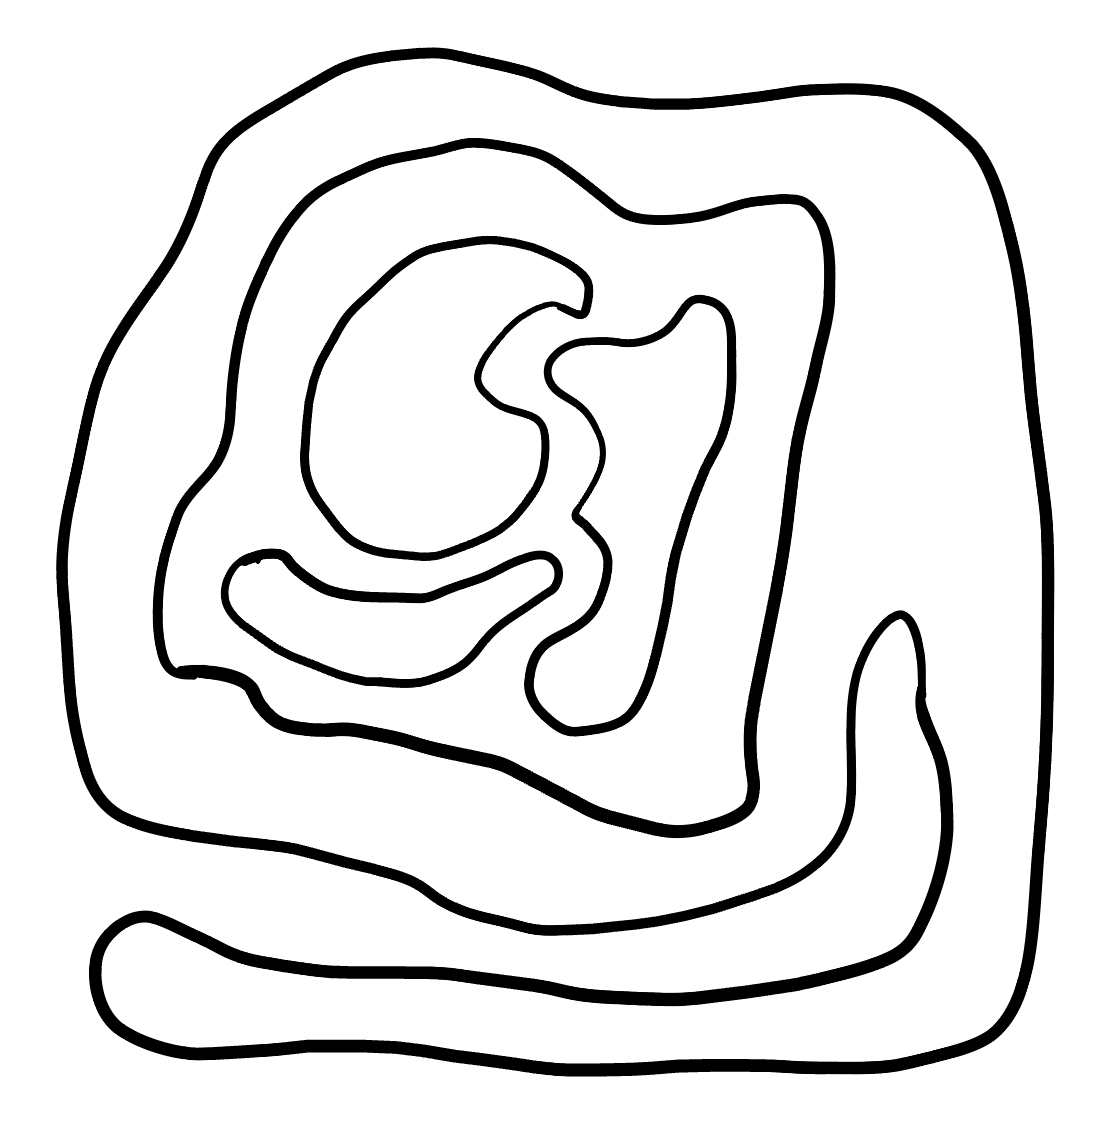
Number of regions (including the outer root region): 6
Containment tree edges (parent, child): 0, 1, 1, 2, 2, 3, 2, 4, 2, 5